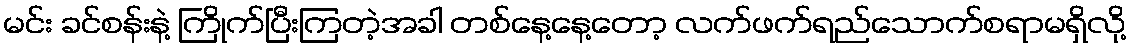
မင်း ခင်စန်းနဲ့ ကြိုက်ပြီးကြတဲ့အခါ တစ်နေ့နေ့တော့ လက်ဖက်ရည်သောက်စရာမရှိလို့